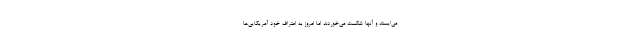
می‌ایستد و آنها شکست می‌خوردند اما امروز به اعتراف خود آمریکایی‌ها